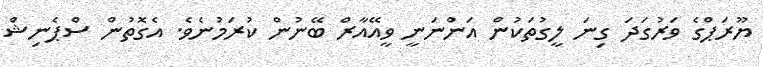
ޔޫރަޕްގެ ވަރުގަދަ ގިނަ ލީގުތަކުން އަންނަނީ ވީއޭއާރް ބޭނުން ކުރަމުނެވެ. އެގޮތުން ސްޕެނިޝް